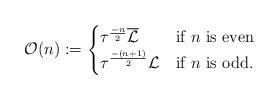
LaTeX: \begin{align*} \mathcal{O}(n) := \begin{cases} \tau^{\frac{-n}{2}}\overline{\mathcal{L}} & \mbox{if $n$ is even} \\ \tau^{\frac{-(n+1)}{2}} \mathcal{L} & \mbox{if $n$ is odd.} \end{cases}\end{align*}